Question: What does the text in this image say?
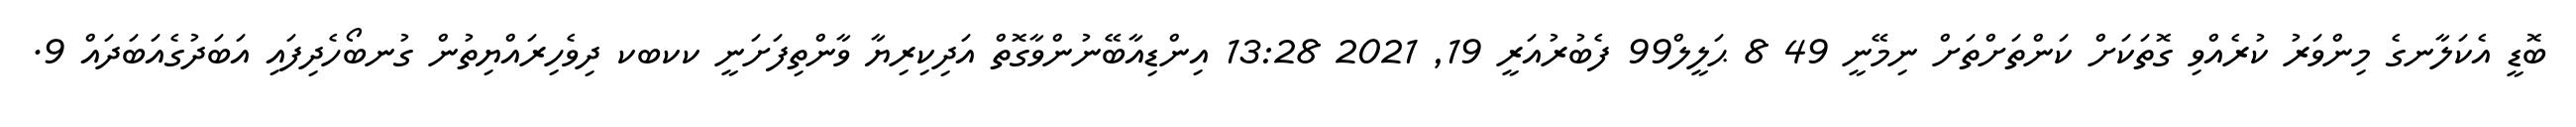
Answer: ބޮޑީ އެކަލާނގެ މިންވަރު ކުރެއްވި ގޮތަކަށް ކަންތަށްތަށް ނިމޭނީ 49 8 ޙަލީލް99 ފެބުރުއަރީ 19, 2021 13:28 އިންޑިއާބޭނުންވާގޮތް އަދިކިރިޔާ ވާންތިފަށަނީ ކކބކ ދިވެހިރައްޔިތުން ގުނބޯހެދިފައި އަބަދުގެއަބަދައް 9.